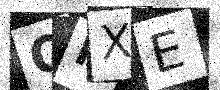
Text: QPXE